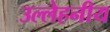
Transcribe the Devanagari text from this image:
उल्लेहनीय